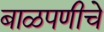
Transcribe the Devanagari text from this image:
बाळपणीचे